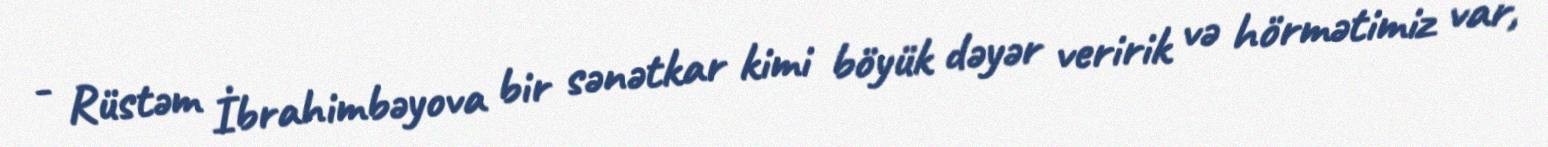
- Rüstəm İbrahimbəyova bir sənətkar kimi böyük dəyər veririk və hörmətimiz var,